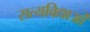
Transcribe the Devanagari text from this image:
सत्यविद्याओं